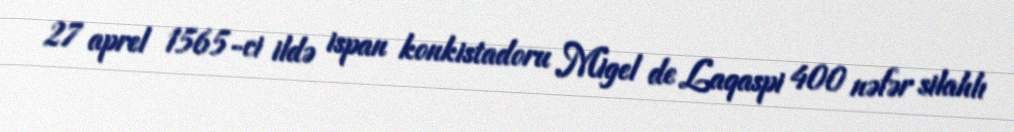
27 aprel 1565-ci ildə ispan konkistadoru Migel de Laqaspi 400 nəfər silahlı